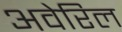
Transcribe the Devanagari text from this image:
अवेरिल